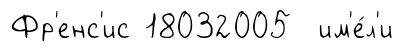
Фр'енс'ис 18032005 им'е́л'и